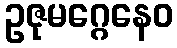
ဥဇုမဂ္ဂေနေဝ